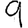
Digit: 9